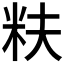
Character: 𬖐